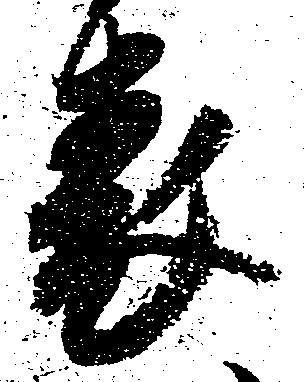
表